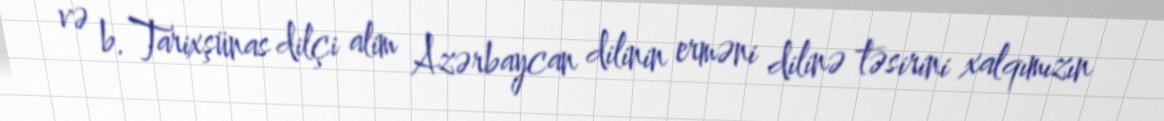
və b. Tarixşünas dilçi alim Azərbaycan dilinin erməni dilinə təsirini xalqımızın